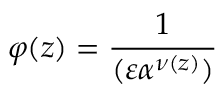
\varphi ( z ) = { \frac { 1 } { ( \varepsilon \alpha ^ { \nu ( z ) } ) } }